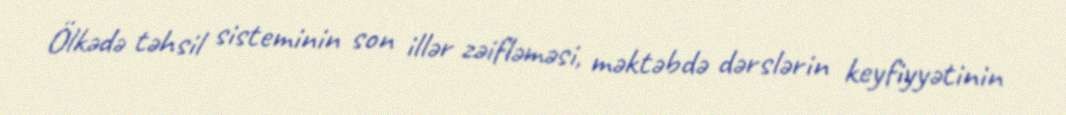
Ölkədə təhsil sisteminin son illər zəifləməsi, məktəbdə dərslərin keyfiyyətinin